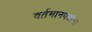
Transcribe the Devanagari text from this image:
वर्तमानपत्रांना